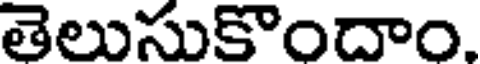
తెలుసుకొందాం.